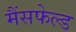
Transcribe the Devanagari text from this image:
मैंसफेल्ड